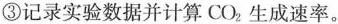
③记录实验数据并计算CO_{2} ，生成速率。